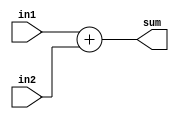
// Raj Dasadia
// Homework 2
// 4014
// Adds two 4 bit numbers
module fourBitAdder (in1, in2, sum);

input [3:0] in1, in2;
output [3:0] sum;
reg [3:0] sum;
	always @ (in1, in2)
	 begin 
	  
	     sum = in1 + in2;
	   
	 end
endmodule